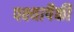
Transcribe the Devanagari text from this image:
पक्ष्यापैकी